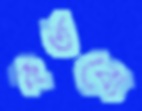
কর্তব্যে